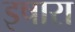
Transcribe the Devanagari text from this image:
इषारा